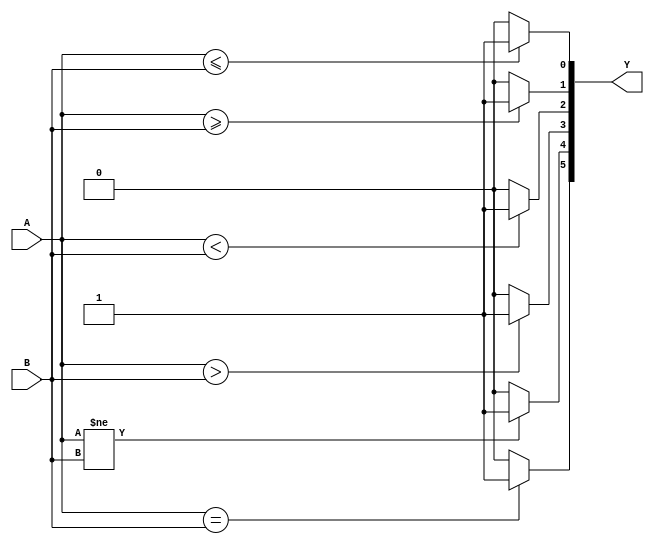
module Compare(A, B, Y);
input [3:0] A;
input [3:0] B;
output reg [5:0] Y;

always @(A, B)
begin

if (A <= B) Y[0] = 1;
else Y[0] = 0;

if (A >= B) Y[1] = 1;
else Y[1] = 0;

if (A < B) Y[2] = 1;
else Y[2] = 0;

if (A > B) Y[3] = 1;
else Y[3] = 0;

if (A != B) Y[4] = 1;
else Y[4] = 0;

if (A == B) Y[5] = 1;
else Y[5] = 0;

end
endmodule